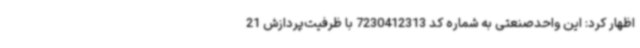
اظهار کرد: این واحدصنعتی به شماره کد 7230412313 با ظرفیت‌پردازش 21